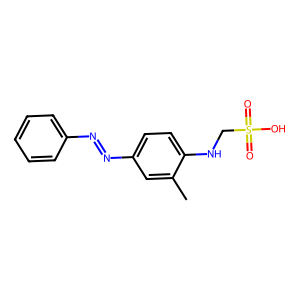
SMILES: Cc1cc(N=Nc2ccccc2)ccc1NCS(=O)(=O)O
Inhibits HIV replication: No